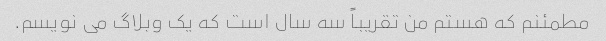
مطمئنم که هستم من تقریباً سه سال است که یک وبلاگ می نویسم.